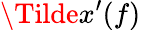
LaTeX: \Tilde{x}^{\prime}(f)